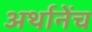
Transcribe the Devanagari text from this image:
अर्थानेंच